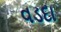
વડદા